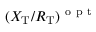
( X _ { \mathrm { T } } / R _ { \mathrm { T } } ) ^ { \mathrm { ~ o ~ p ~ t ~ } }